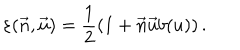
\varepsilon ( \vec { n } , \vec { u } ) = \frac { 1 } { 2 } \left( 1 + \vec { n } \vec { u } b ( u ) \right) .